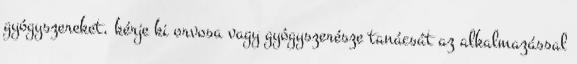
gyógyszereket, kérje ki orvosa vagy gyógyszerésze tanácsát az alkalmazással